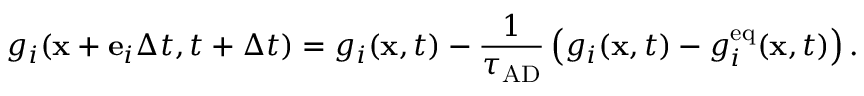
g _ { i } ( \mathbf { x } + \mathbf { e } _ { i } \Delta t , t + \Delta t ) = g _ { i } ( \mathbf { x } , t ) - \frac { 1 } { \tau _ { \mathrm { A D } } } \left( g _ { i } ( \mathbf { x } , t ) - g _ { i } ^ { \mathrm { e q } } ( \mathbf { x } , t ) \right) .